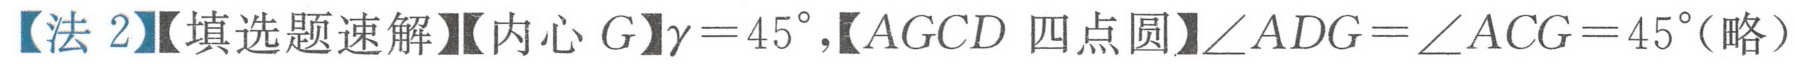
【法2】【填选题速解】【内心\(G\)】\(\gamma = 45^{\circ}\),【\(AGCD\)四点圆】\(\angle ADG=\angle ACG = 45^{\circ}\)(略）